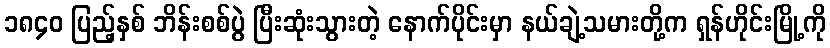
၁၈၄၀ ပြည့်နှစ် ဘိန်းစစ်ပွဲ ပြီးဆုံးသွားတဲ့ နောက်ပိုင်းမှာ နယ်ချဲ့သမားတို့က ရှန်ဟိုင်းမြို့ကို